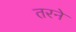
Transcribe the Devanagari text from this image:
तरने